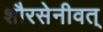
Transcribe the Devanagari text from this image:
शौरसेनीवत्